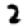
Digit: 2